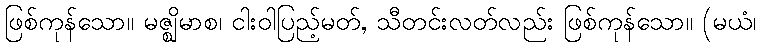
ဖြစ်ကုန်သော။ မဇ္ဈိမာစ၊ ငါးဝါပြည့်မတ်, သီတင်းလတ်လည်း ဖြစ်ကုန်သော။ (မယံ၊